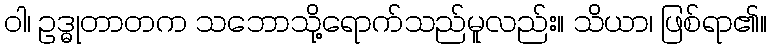
ဝါ၊ ဥဒ္ဓုတာတက သဘောသို့ရောက်သည်မူလည်း။ သိယာ၊ ဖြစ်ရာ၏။